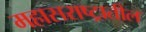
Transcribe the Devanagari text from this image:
महासराष्ट्रातील